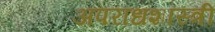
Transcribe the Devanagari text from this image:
अपराधशास्त्री